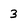
Character: 3